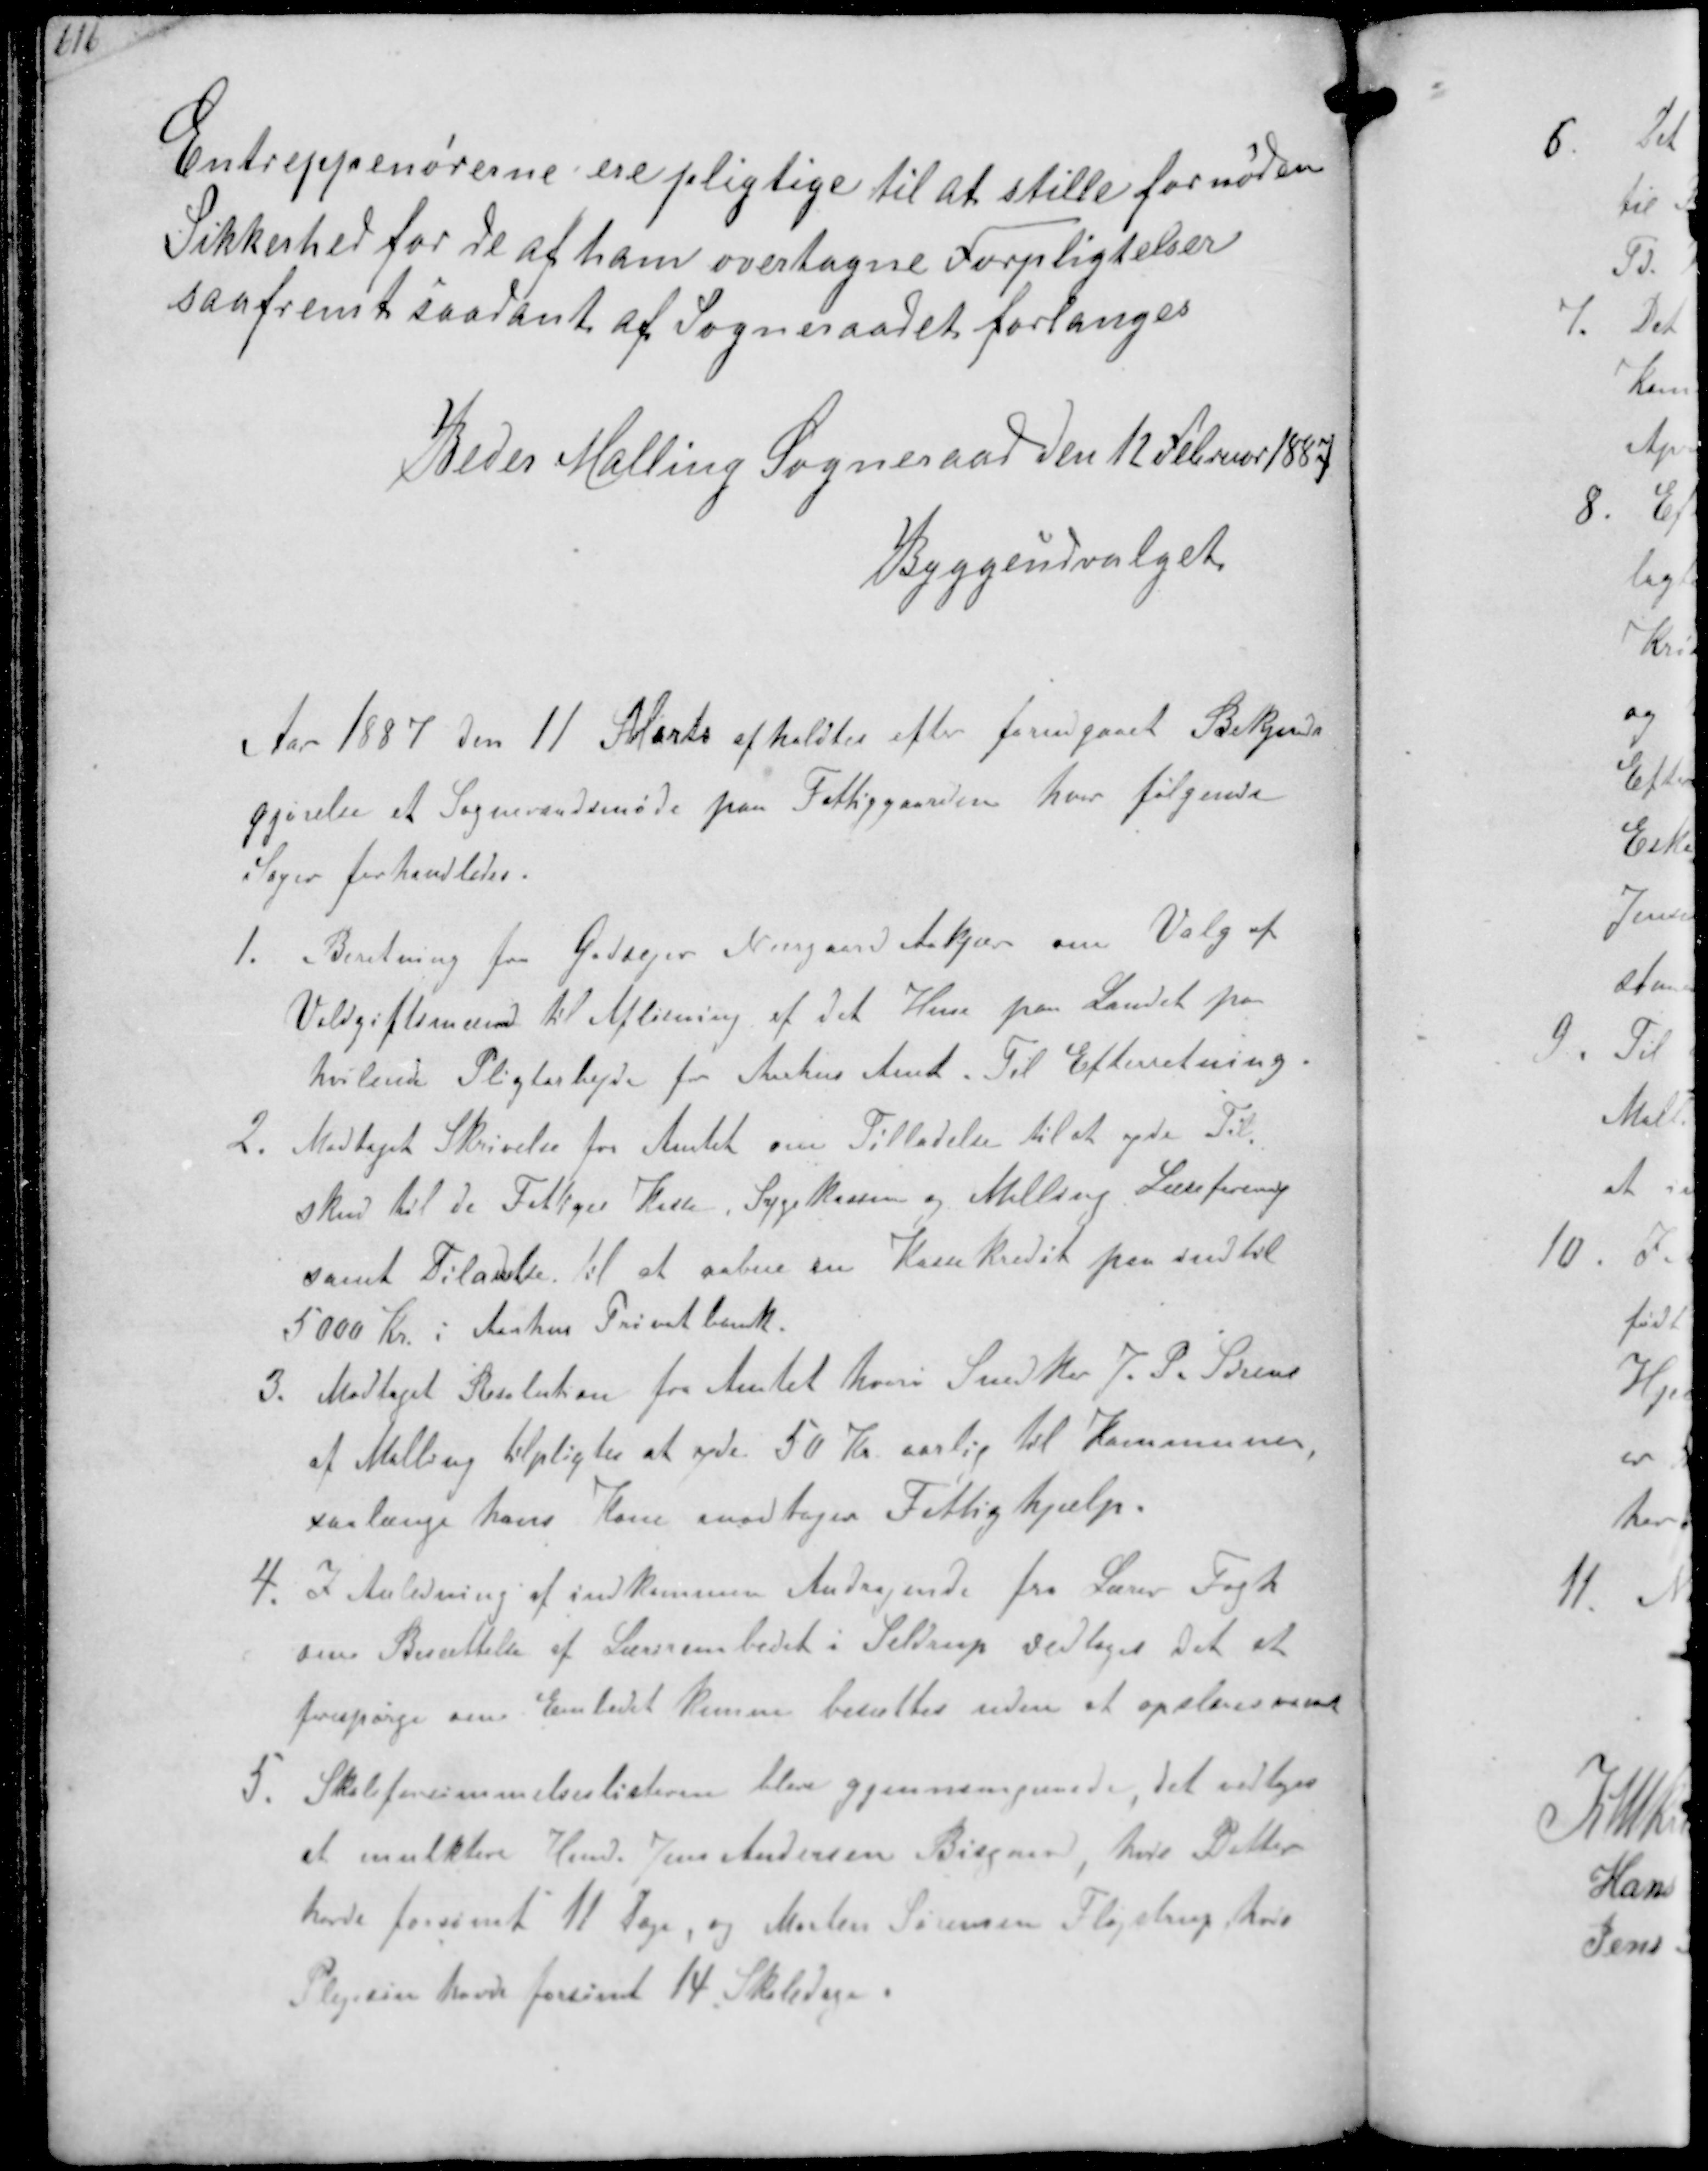
Transskription:
Entreppenørerne ere pligtige til at stille fornøden
Sikkerhed for de at ham overtagne Forpligtelser
saafremt saadant af Sogneraadet forlanges
Beder Malling Sogneraad den 12 Februar 1887
Byggeudvalget

Aar 1887 den 11 Marts afholdtes efter forudgaaet Bekjendt-
gjørelse et Sogneraadsmøde paa Fattiggaarden hvor følgende
Sager forhandledes.
1. Beretning fra Godsejer Nørgaard Aakjær om Valg af
Voldgiftsmænd til Afløsning af det Huse paa Landet paa-
hvilende Pligtarbejde for Aarhus Amt. Til Efterretning.
2. Modtaget Skrivelse fra Amtet om Tilladelse til at yde Til-
skud til de Fattiges Kasse Sygekassen og Malling Læseforening
samt Tiladelse til at aabne en Kassekredit paa indtil
5000 Kr i Aarhus Privatbank.
3. Modtaget Resolution for Amtet hvori Snedker J. P. Sørens
af Malling tilpligtes at yde 50 Kr aarlig til Kommunen
saalænge hans Kone modtage Fattighjælp.
4. I Anledning af indkommen Andragende fra Lærer Fogh
om Besættelse af Lærerembedet i Seldrup vedtoges det at
forespørge om Embedet kunne besættes uden at opslaa udsat
5. Skoleforsømmelseslisterne blev gjennemgaaede, det vedtoges
at mulktere Hmd. Jens Andersen Bisgaard, hvis Datter
havde forsømt 11 Dage og Morten Sørensen Fløjstrup, hvis
Plejesøn havde forsømt 14 Skoledage